Indian Medical Review
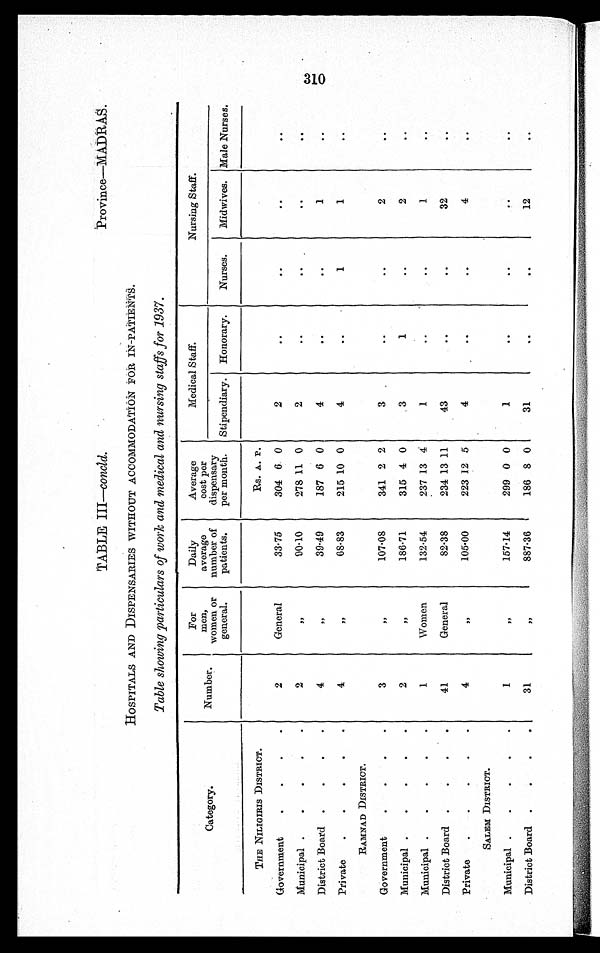
Province—MADRAS.
TABLE III—concld.
HOSPITALS AND DISPENSARIES WITHOUT ACCOMMODATION FOR IN-PATIENTS.
Table showing particulars of work and medical and nursing staffs for 1937.
Category.
Number.
For
men,
women or
general.
Daily
average
number of
patients.
Average
cost per
dispensary
per month.
Medical Staff.
Nursing Staff.
Stipendiary. Honorary.
Nurses.
Midwives. Male Nurses.
THE NILIGIRIS DISTRICT.
Rs. A. P.
Government
.
.
.
2
General
33.75
304 6 0
2
..
. .
..
. .
Municipal .
.
.
.
.
2
,,
90.10
278 11 0
2
..
. .
..
District Board .
.
.
.
4
,,
39.49
187 6 0
4
..
1
..
Private
.
.
.
.
.
4
,,
68.83
215 10 0
4
..
1
1
..
RAMNAD DISTRICT.
Government
.
.
.
.
3
,,
107.08
341 2 2
3
..
..
2
..
Municipal .
.
.
.
.
2
,,
186.71
315 4 0
3
1
..
2
Municipal .
.
.
.
.
1
Women
132.54
237 13 4
1
..
..
1
. .
District Board .
.
.
.
41
General
82.38
234 13 11
43
..
..
32
..
Private
.
.
.
. .
4
,,
105.00
223 12 5
4
..
..
4
..
SALEM DISTRICT.
Municipal .
.
.
.
.
I
,,
157.14
299 0 0
1
..
..
..
..
District Board .
.
.
.
31
,,
887.36
186 8 0
31
..
..
12
..
310